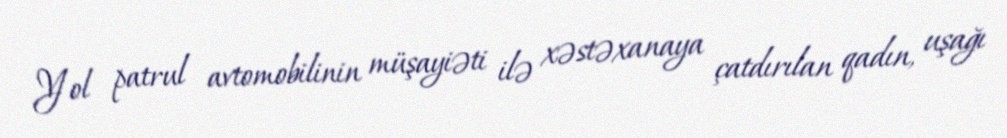
Yol patrul avtomobilinin müşayiəti ilə xəstəxanaya çatdırılan qadın, uşağı